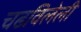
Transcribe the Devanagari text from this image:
चढविलेली